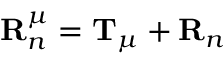
\mathbf { R } _ { n } ^ { \mu } = \mathbf { T } _ { \mu } + \mathbf { R } _ { n }